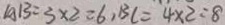
A B = 3 \times 2 = 6 , B C = 4 \times 2 = 8